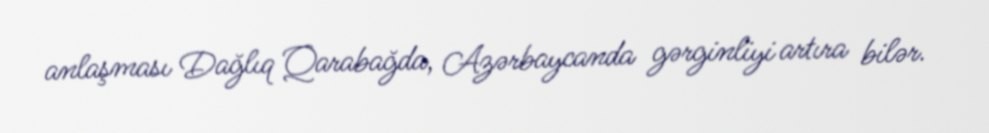
anlaşması Dağlıq Qarabağda, Azərbaycanda gərginliyi artıra bilər.